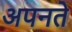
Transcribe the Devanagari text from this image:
अपनते